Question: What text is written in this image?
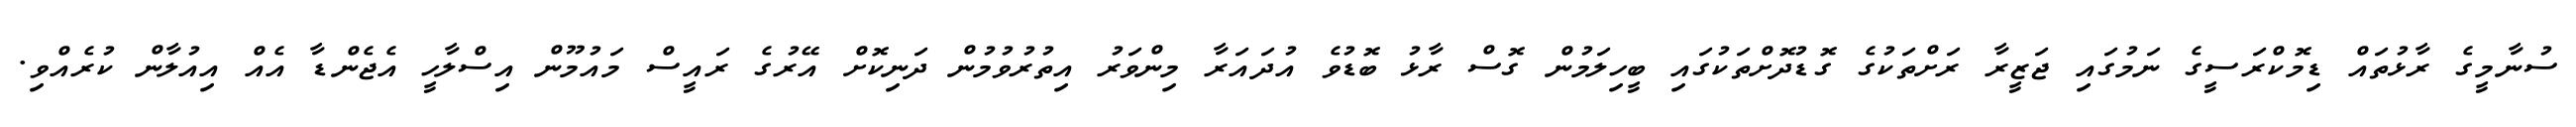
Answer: ސުނާމީގެ ރާޅުތައް ޑިމޮކްރަސީގެ ނަމުގައި ޖަޒީރާ ރަށްތަކުގެ ގޮޑުދޮށްތަކުގައި ބީހިލަމުން ގޮސް ރާޅު ބޮޑުވެ އުދައަރާ މިންވަރު އިތުރުވުމުން ދަނިކޮށް އޭރުގެ ރައީސް މައުމޫން އިސްލާހީ އެޖެންޑާ އެއް އިއުލާން ކުރެއްވި.